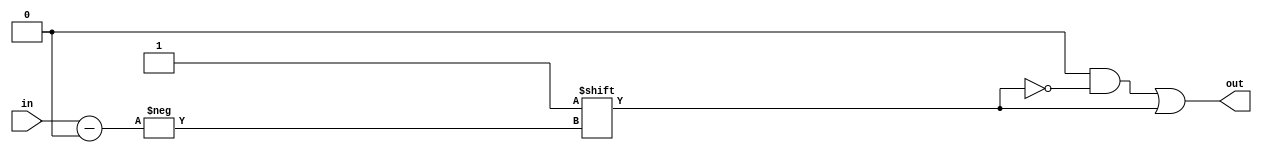
// Description  : Parameterized decoding from an number to a bitmap.
////////////////////////////////////////////////////////////////////////////////

module decodex
    (
     in,
     out
     );

////////////////////////////////////////////////////////////////////////////////
// Parameter declarations
parameter INWID = 6;
parameter OUTWID = 48;
parameter VALUE = 1'b1;

////////////////////////////////////////////////////////////////////////////////
// Port declarations
input [INWID-1:0] in;

output [OUTWID-1:0] out;

////////////////////////////////////////////////////////////////////////////////
// Output declarations


////////////////////////////////////////////////////////////////////////////////
// Local logic and instantiation

reg [OUTWID-1:0]    out;
always @(in)
begin
    out = {OUTWID{!VALUE}};
    out[in] = VALUE;
end

endmodule